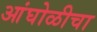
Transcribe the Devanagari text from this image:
आंघोळीचा